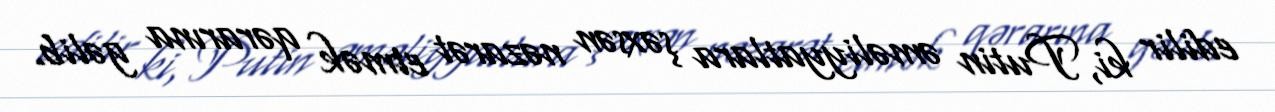
edilir ki, Putin əməliyyatlara şəxsən nəzarət etmək qərarına gəlib.